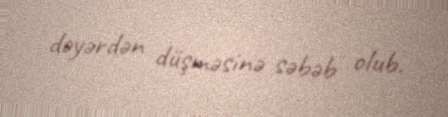
dəyərdən düşməsinə səbəb olub.